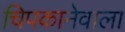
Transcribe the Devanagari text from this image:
चिपकानेवाला